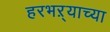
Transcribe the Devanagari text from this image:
हरभऱ्याच्या